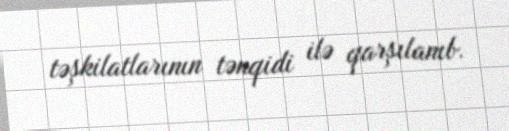
təşkilatlarının tənqidi ilə qarşılanıb.